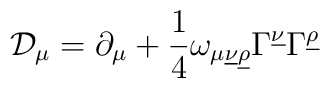
{\cal D}_\mu=\partial_\mu+{1\over4}\omega_{\mu\underline{\nu}\underline{\rho}}\Gamma^{\underline{\nu}}\Gamma^{\underline{\rho}}